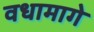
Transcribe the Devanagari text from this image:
वधामागे